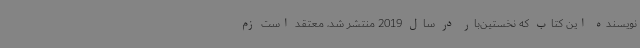
نویسنده این کتاب که نخستین‌بار در سال 2019 منتشر شد، معتقد است زم